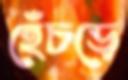
হেঁচড়ে